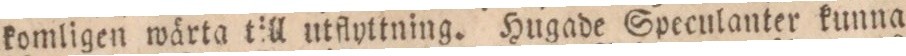
komligen wärta till utflyttning. Hugade Speculanter kunna